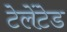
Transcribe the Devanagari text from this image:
टेलेंटेड